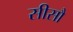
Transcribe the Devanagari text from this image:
सीसौ